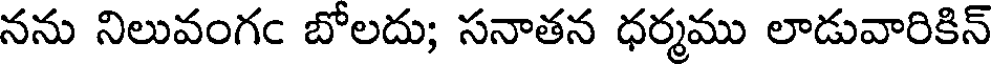
నను నిలువంగం బోలదు; సనాతన ధర్మము లాడువారికిన్